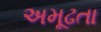
અમૂઢતા